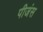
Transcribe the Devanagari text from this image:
पीजंस